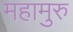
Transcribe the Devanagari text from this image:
महामुरु